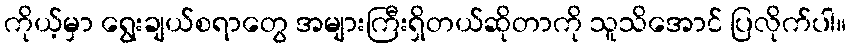
ကိုယ့်မှာ ရွေးချယ်စရာတွေ အများကြီးရှိတယ်ဆိုတာကို သူသိအောင် ပြလိုက်ပါ။